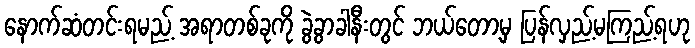
နောက်ဆံတင်းရမည့် အရာတစ်ခုကို ခွဲခွာခါနီးတွင် ဘယ်တော့မှ ပြန်လှည့်မကြည့်ရဟု